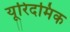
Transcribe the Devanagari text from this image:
यूरिदमिक